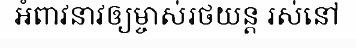
អំពាវនាវឲ្យម្ចាស់រថយន្ត រស់នៅ